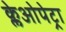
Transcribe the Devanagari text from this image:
क्लेओपेट्रा